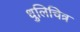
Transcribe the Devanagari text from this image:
धुलिचित्र